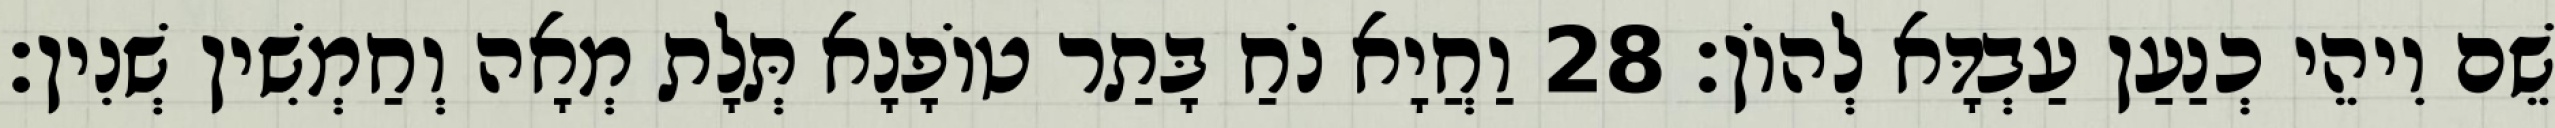
שֵׁם וִיהֵי כְנַעַן עַבְדָּא לְהוֹן׃ 28 וַחֲיָא נֹחַ בָּתַר טוֹפָנָא תְּלָת מְאָה וְחַמְשִׁין שְׁנִין׃